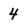
Character: 4